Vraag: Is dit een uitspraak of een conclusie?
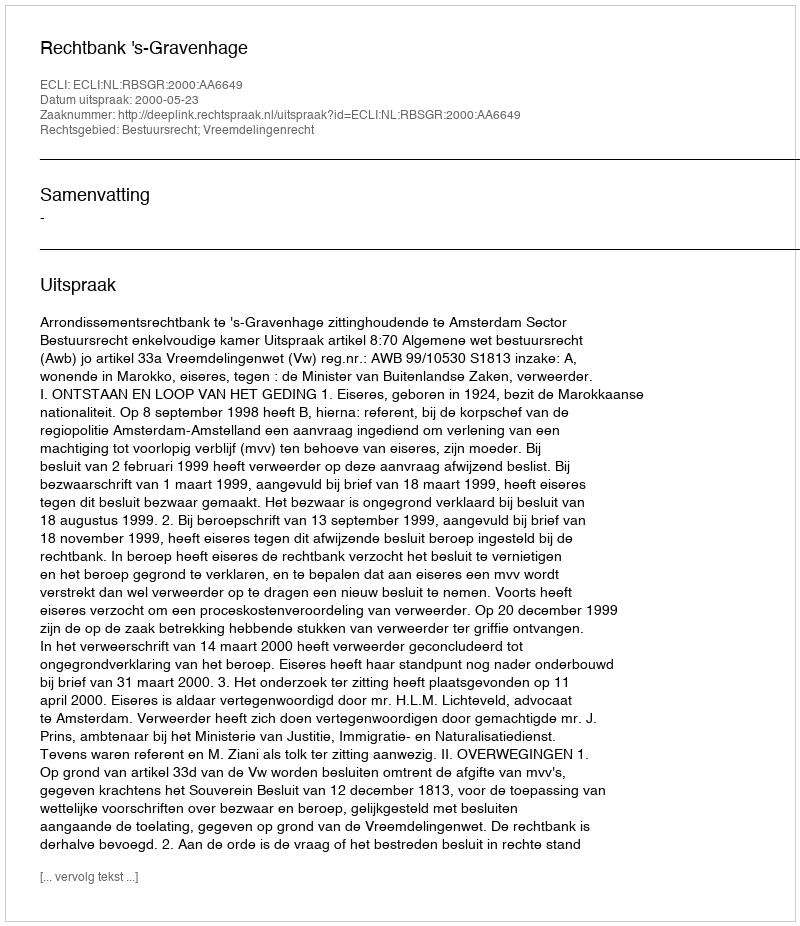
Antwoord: Uitspraak